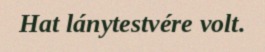
Hat lánytestvére volt.